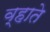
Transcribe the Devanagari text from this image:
व्हाते